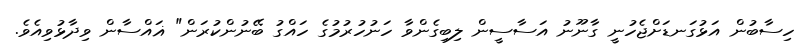
ހިސާބުން އަޅުގަނޑަށްޖެހުނީ ގާނޫނު އަސާސީން ލިބިގެންވާ ހަނުހުރުމުގެ ހައްގު ބޭނުންކުރަން" ޣައްސާން ވިދާޅުވިއެވެ.